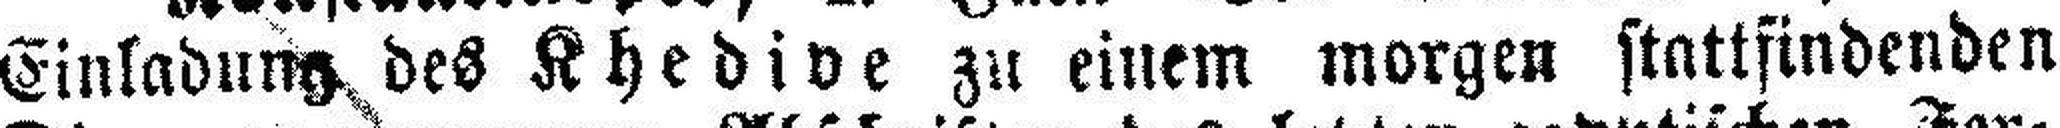
Einladung, des Khedive zu einem morgen stattfindenden